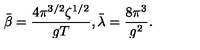
\bar { \beta } = \frac { 4 \pi ^ { 3 / 2 } \zeta ^ { 1 / 2 } } { g T } , \bar { \lambda } = \frac { 8 \pi ^ { 3 } } { g ^ { 2 } } .